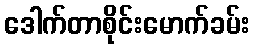
ဒေါက်တာစိုင်းမောက်ခမ်း